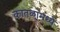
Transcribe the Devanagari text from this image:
कातळामध्ये